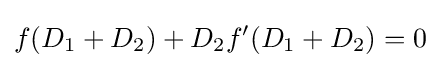
f(D_{1}+D_{2})+D_{2}f'(D_{1}+D_{2})=0